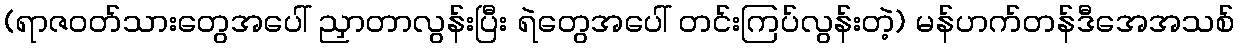
(ရာဇဝတ်သားတွေအပေါ် ညှာတာလွန်းပြီး ရဲတွေအပေါ် တင်းကြပ်လွန်းတဲ့) မန်ဟက်တန်ဒီအေအသစ်